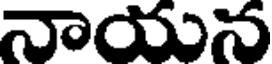
నాయున